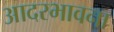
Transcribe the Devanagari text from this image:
आदरभावना